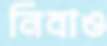
নিবাও